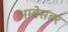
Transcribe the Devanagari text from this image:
अम्बेसडर